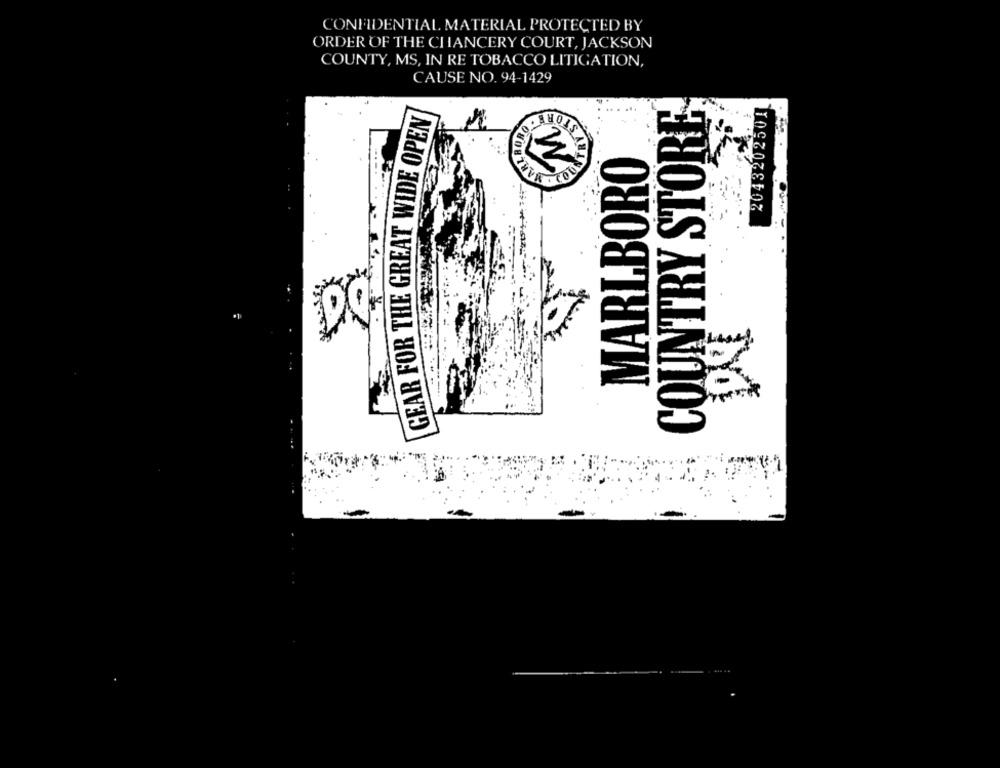
CONFIDENTIAL MATERIAL PROTECTED BY
ORDER OF THE CHANCERY COURT, JACKSON
COUNTY, MS, IN RE TOBACCO LITIGATION,
CAUSE NO. 94-1429
COUNTRY STORE
GEAR FOR THE GREAT WIDE OPEN
2043202501
M
MARLBORO